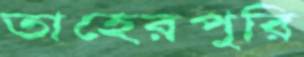
তাহেরপুরি